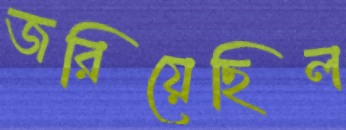
জরিয়েছিল